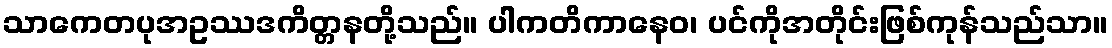
သာကေတပုအဥဿဒကိတ္တနတို့သည်။ ပါကတိကာနေဝ၊ ပင်ကိုအတိုင်းဖြစ်ကုန်သည်သာ။